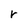
Character: r